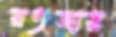
রওজায়